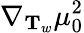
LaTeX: \nabla_{\mathbf{T}_{w}}\mu_{0}^{2}